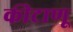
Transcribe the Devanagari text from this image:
कीटाणू